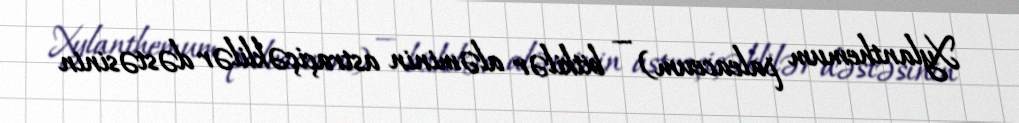
Xylanthemum paleaceum) — bitkilər aləminin astraçiçəklilər dəstəsinin